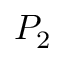
P _ { 2 }